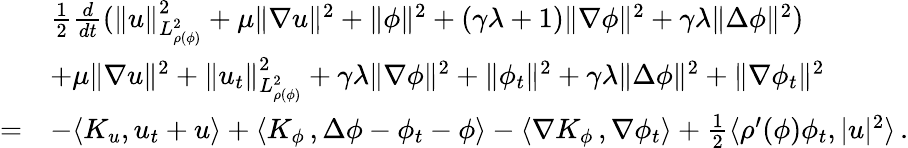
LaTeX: \begin{array}{rl}&{\frac{1}{2}\frac{d}{dt}(\| u\| _{L_{\rho(\phi)}^{2}}^{2}+\mu\| \nabla u\| ^{2}+\| \phi\| ^{2}+(\gamma\lambda+1)\| \nabla\phi\| ^{2}+\gamma\lambda\| \Delta\phi\| ^{2})}\\ &{+\mu\| \nabla u\| ^{2}+\| u_{t}\| _{L_{\rho(\phi)}^{2}}^{2}+\gamma\lambda\| \nabla\phi\| ^{2}+\| \phi_{t}\| ^{2}+\gamma\lambda\| \Delta\phi\| ^{2}+\| \nabla\phi_{t}\| ^{2}}\\ {=}&{-\langle K_{u},u_{t}+u\rangle+\langle K_{\phi}\, ,\Delta\phi-\phi_{t}-\phi\rangle-\langle\nabla K_{\phi}\, ,\nabla\phi_{t}\rangle+\frac{1}{2}\langle\rho^{\prime}(\phi)\phi_{t},|u|^{2}\rangle\, .}\end{array}